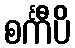
စင်္ကီပိ